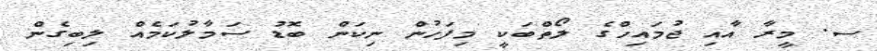
ސ. މީރާ އާއި ޖުމައިހްގެ ލޯތްބަކީ މިފަހުން ނިކަން ބޮޑު ސަމާލުކަމެއް ލިބިގެން